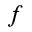
f